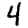
Digit: 4